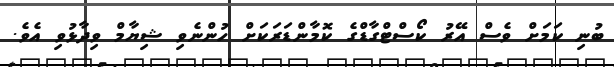
ބުނި ކަމަށް ވެސް އޭރު ކޯސްޓްގާޑްގެ ކޮމާންޑަރަކަށް ހުންނެވި ޝިޔާމް ވިދާޅުވި އެވެ.